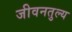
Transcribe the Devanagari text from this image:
जीवनतुल्य